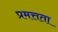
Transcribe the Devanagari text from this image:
प्रमत्तता